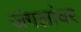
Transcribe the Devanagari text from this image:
जंगलांवर